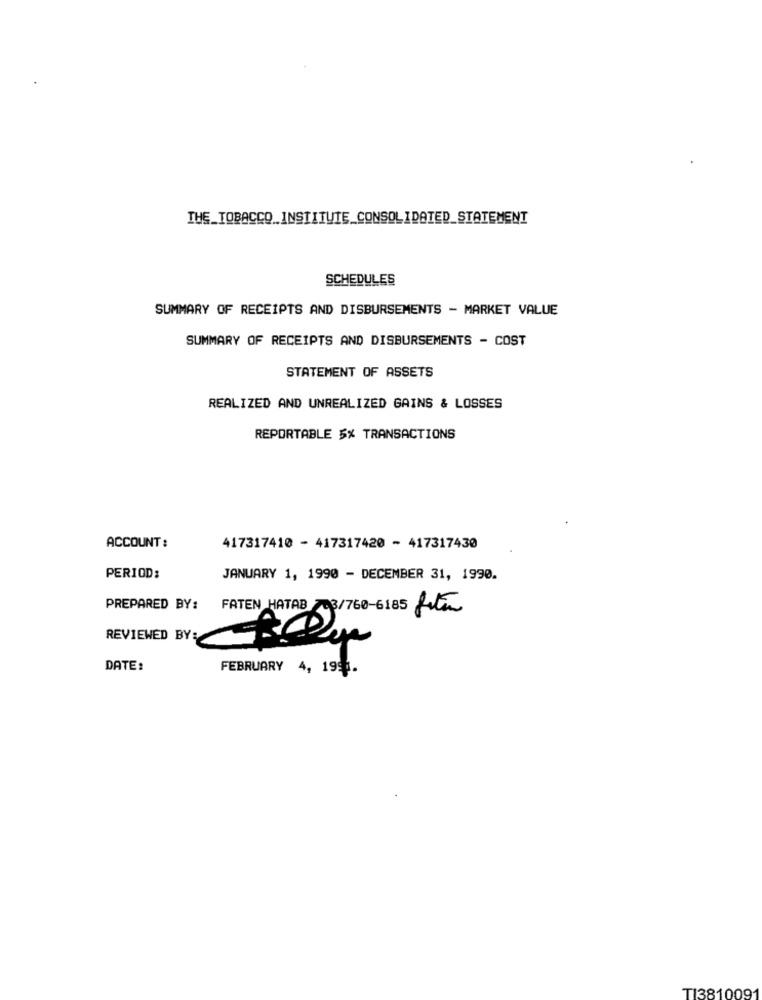
THE TOBACCO INSTITUTE CONSOLIDATED_STATEMENT
SCHEDULES
SUMMARY OF RECEIPTS AND DISBURSEMENTS - MARKET VALUE
SUMMARY OF RECEIPTS AND DISBURSEMENTS - COST
STATEMENT OF ASSETS
REALIZED AND UNREALIZED GAINS & LOSSES
REPORTABLE 5% TRANSACTIONS
ACCOUNT :
417317410 - 417317420 - 417317430
PERIOD:
JANUARY 1, 1990 - DECEMBER 31, 1990.
PREPARED BY: FATEN HATAB 793/760-6185 Liter
REVIEWED BY: CBDen
DATE:
FEBRUARY 4, 1991.
TI3810091